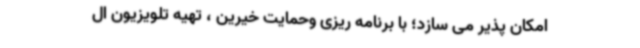
امکان پذیر می سازد؛ با برنامه ریزی وحمایت خیرین ، تهیه تلویزیون ال